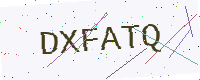
Text: DXFATQ